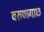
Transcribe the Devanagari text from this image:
वरुणगाछ